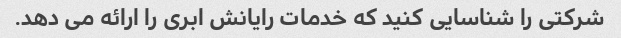
شرکتی را شناسایی کنید که خدمات رایانش ابری را ارائه می دهد.